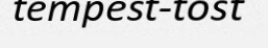
tempest-tost